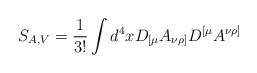
LaTeX: \begin{align*}S_{A,V}=\frac{1}{3!}\int d^{4}xD_{[\mu}A_{\nu\rho]}D^{[\mu}A^{\nu\rho]}\end{align*}